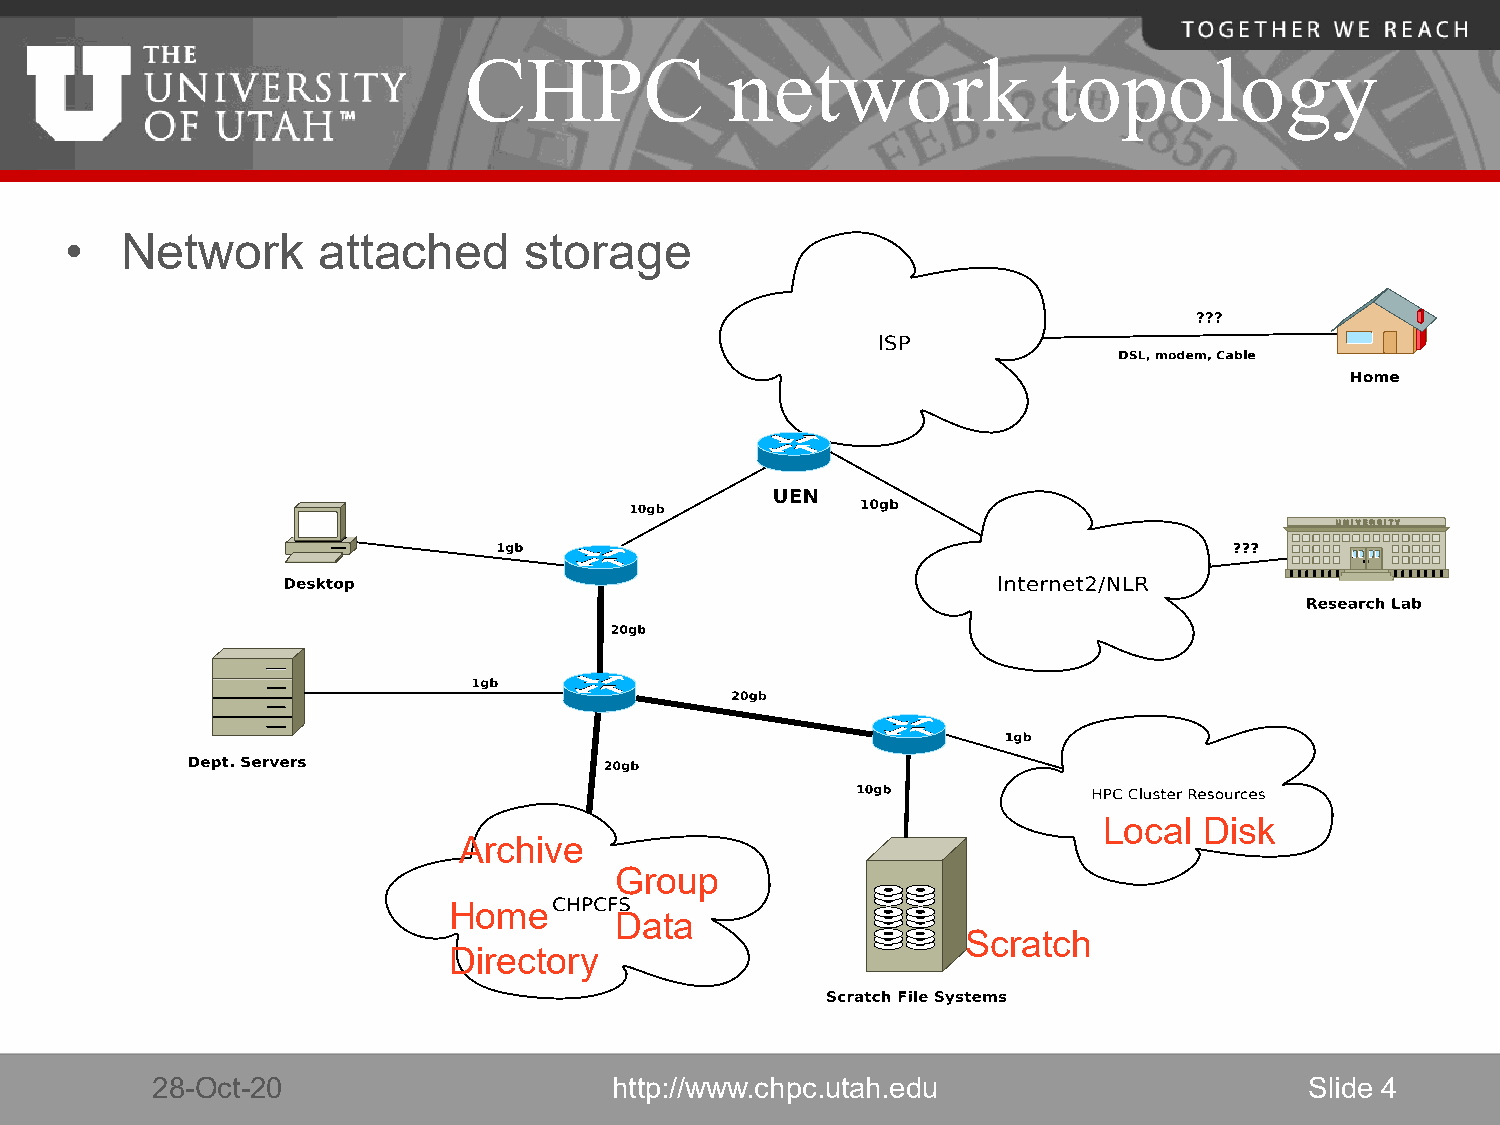
CHPC             network               topology
 •   Network      attached      storage
 Local  Disk
 Archive
 Group
 Home
 Data
 Scratch
 Directory
 28-Oct-20                      http://www.chpc.utah.edu                      Slide 4